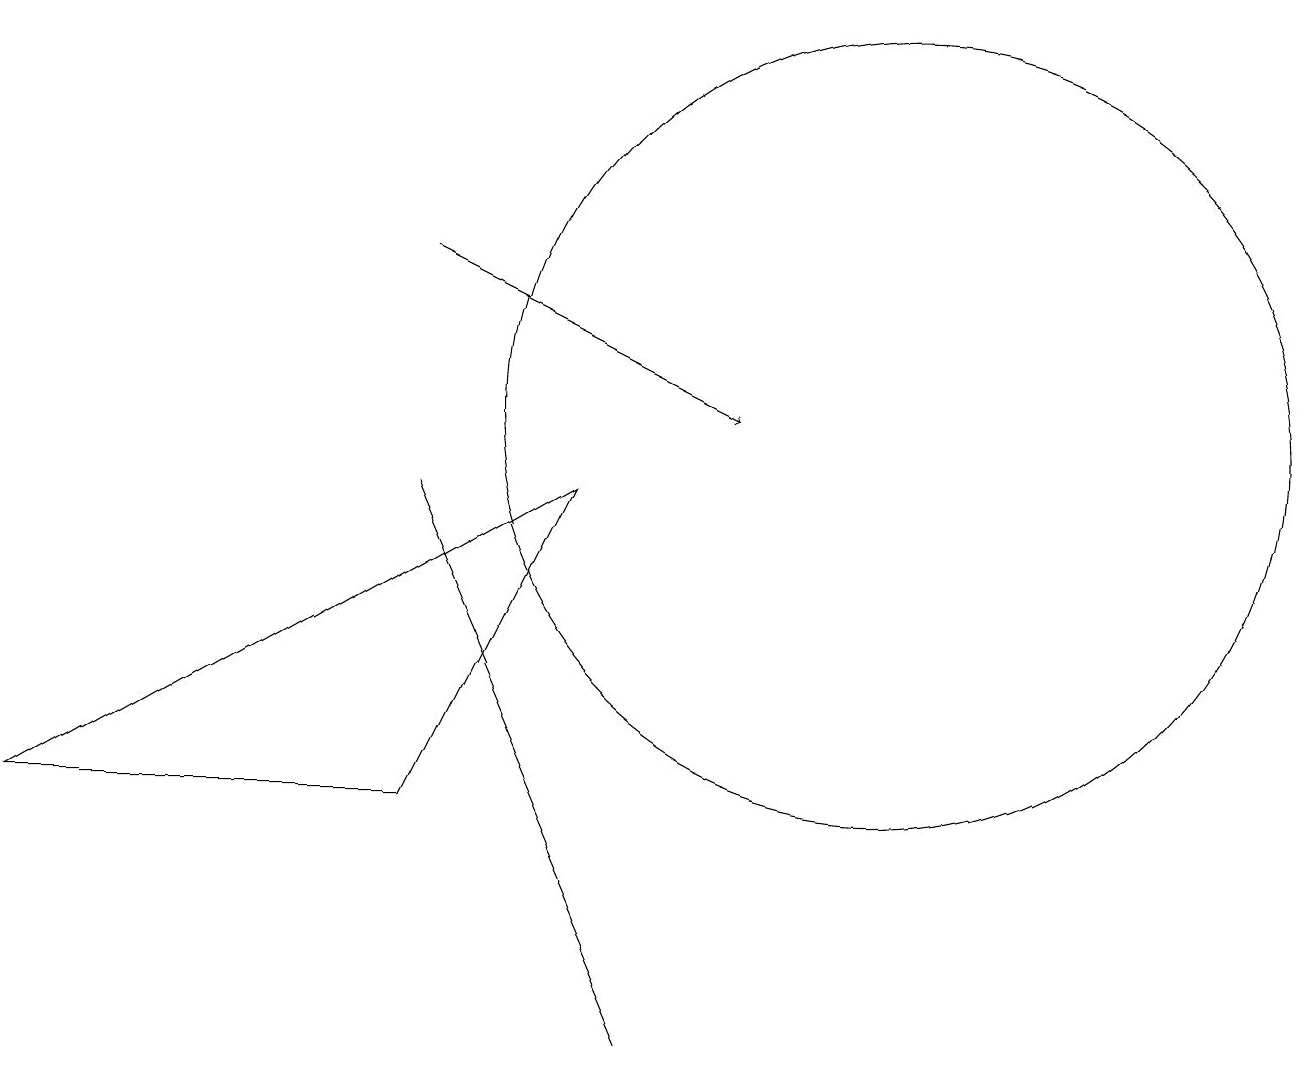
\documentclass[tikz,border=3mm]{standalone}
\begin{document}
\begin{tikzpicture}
\draw (11,10) circle (5);
\draw (10,10) circle (0);
\draw (7,9) -- (0,5) -- (5,5) -- cycle;
\draw (5,9) -- (8,2) -- (8,2) -- cycle;
\draw[->] (5,12) -- (9,10);
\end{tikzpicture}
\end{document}